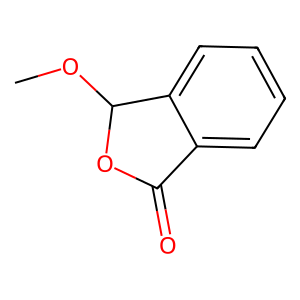
SMILES: COC1OC(=O)c2ccccc21
Inhibits HIV replication: No